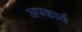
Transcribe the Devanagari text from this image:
अपकार्य